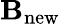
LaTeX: \mathbf{B}_{\mathrm{{new}}}